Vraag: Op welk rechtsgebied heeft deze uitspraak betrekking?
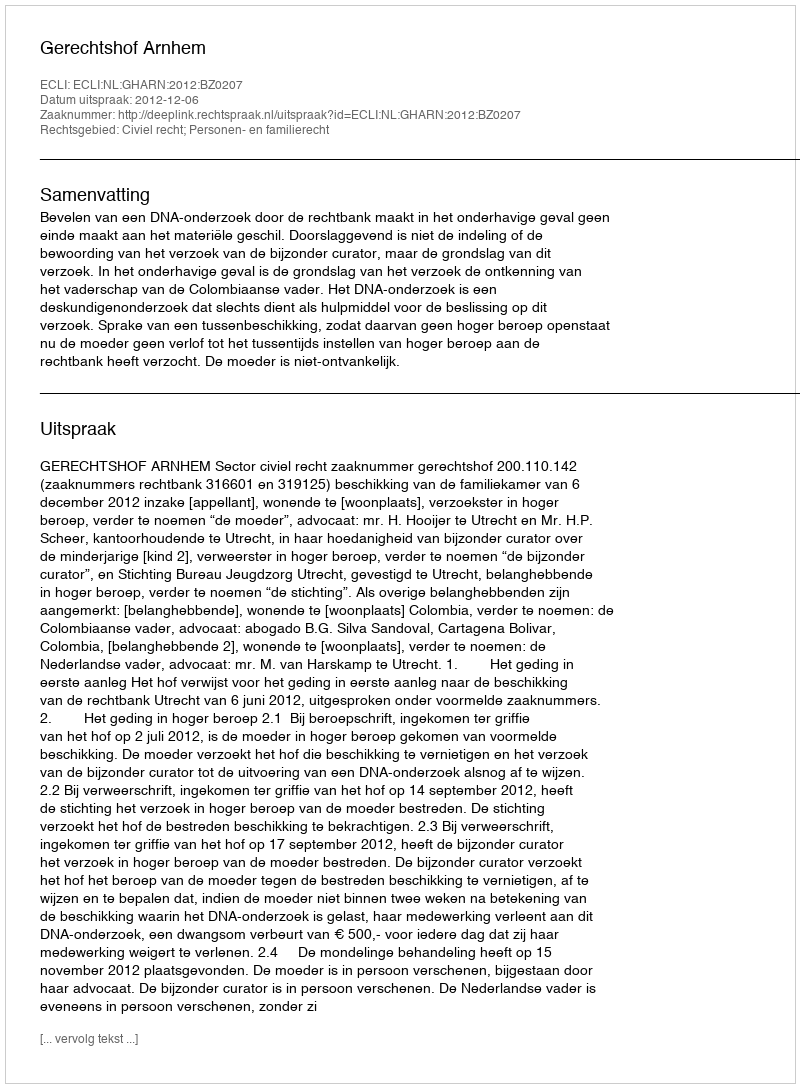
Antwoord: Civiel recht; Personen- en familierecht